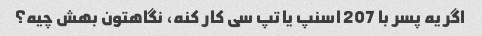
اگر یه پسر با 207 اسنپ یا تپ سی کار کنه، نگاهتون بهش چیه؟